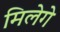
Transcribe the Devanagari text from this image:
मिलेगे